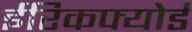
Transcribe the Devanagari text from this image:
ईरिकफ्योर्ड